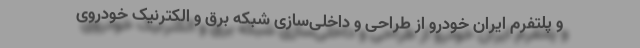
و پلتفرم ایران خودرو از طراحی و داخلی‌سازی شبکه برق و الکترنیک خودروی